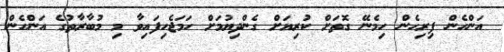
އަންހެން ފިރިހެން ހިމެނޭ ގޮތަށް ކުރިޔަށް ގެންދިޔުމަށް ހަމަޖެހިފައިވާ މި މުބާރާތުގެ އަންހެން